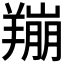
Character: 𫅛